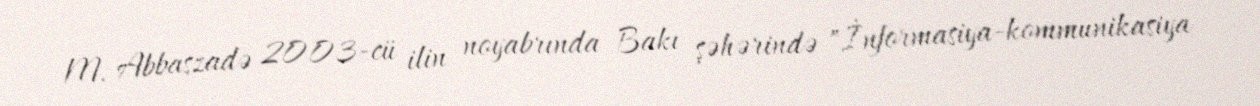
M. Abbaszadə 2003-cü ilin noyabrında Bakı şəhərində "İnformasiya-kommunikasiya